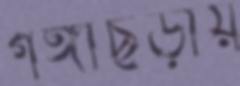
গঙ্গাছড়ায়